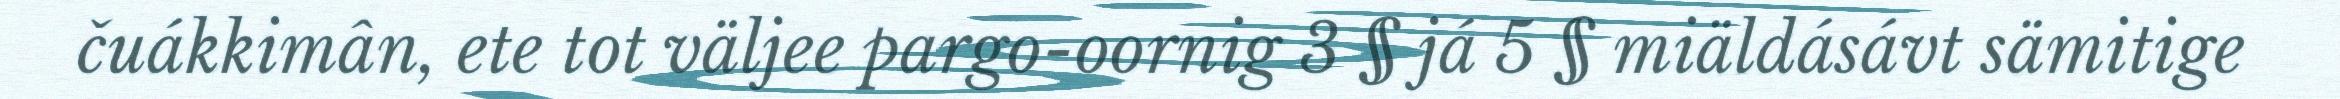
čuákkimân, ete tot väljee pargo-oornig 3 § já 5 § miäldásávt sämitige